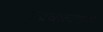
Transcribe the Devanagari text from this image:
वज्रधात्वेश्वरी